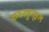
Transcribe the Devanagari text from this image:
कवनकुतूहल